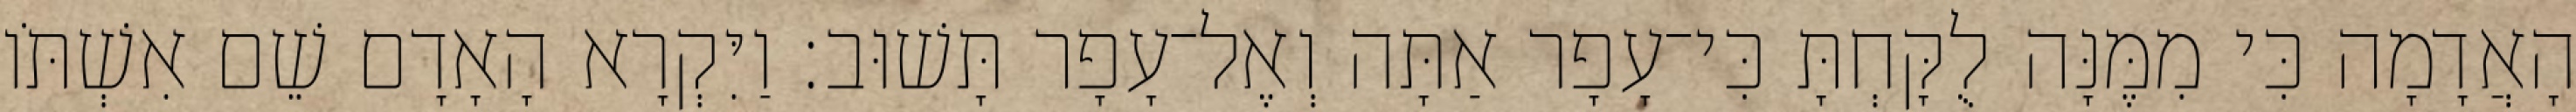
הָאֲדָמָה כִּי מִמֶּנָּה לֻקָּחְתָּ כִּי־עָפָר אַתָּה וְאֶל־עָפָר תָּשׁוּב׃ וַיִּקְרָא הָאָדָם שֵׁם אִשְׁתֹּו